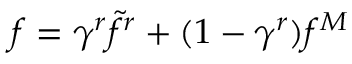
f = \gamma ^ { r } \widetilde { f } ^ { r } + ( 1 - \gamma ^ { r } ) f ^ { M }